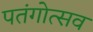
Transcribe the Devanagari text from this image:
पतंगोत्सव